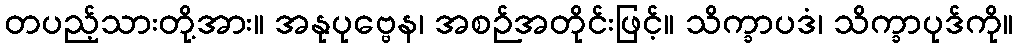
တပည့်သားတို့အား။ အနုပုဗ္ဗေန၊ အစဉ်အတိုင်းဖြင့်။ သိက္ခာပဒံ၊ သိက္ခာပုဒ်ကို။